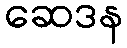
ဆေဒန